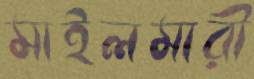
মাইলমারী